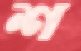
শ